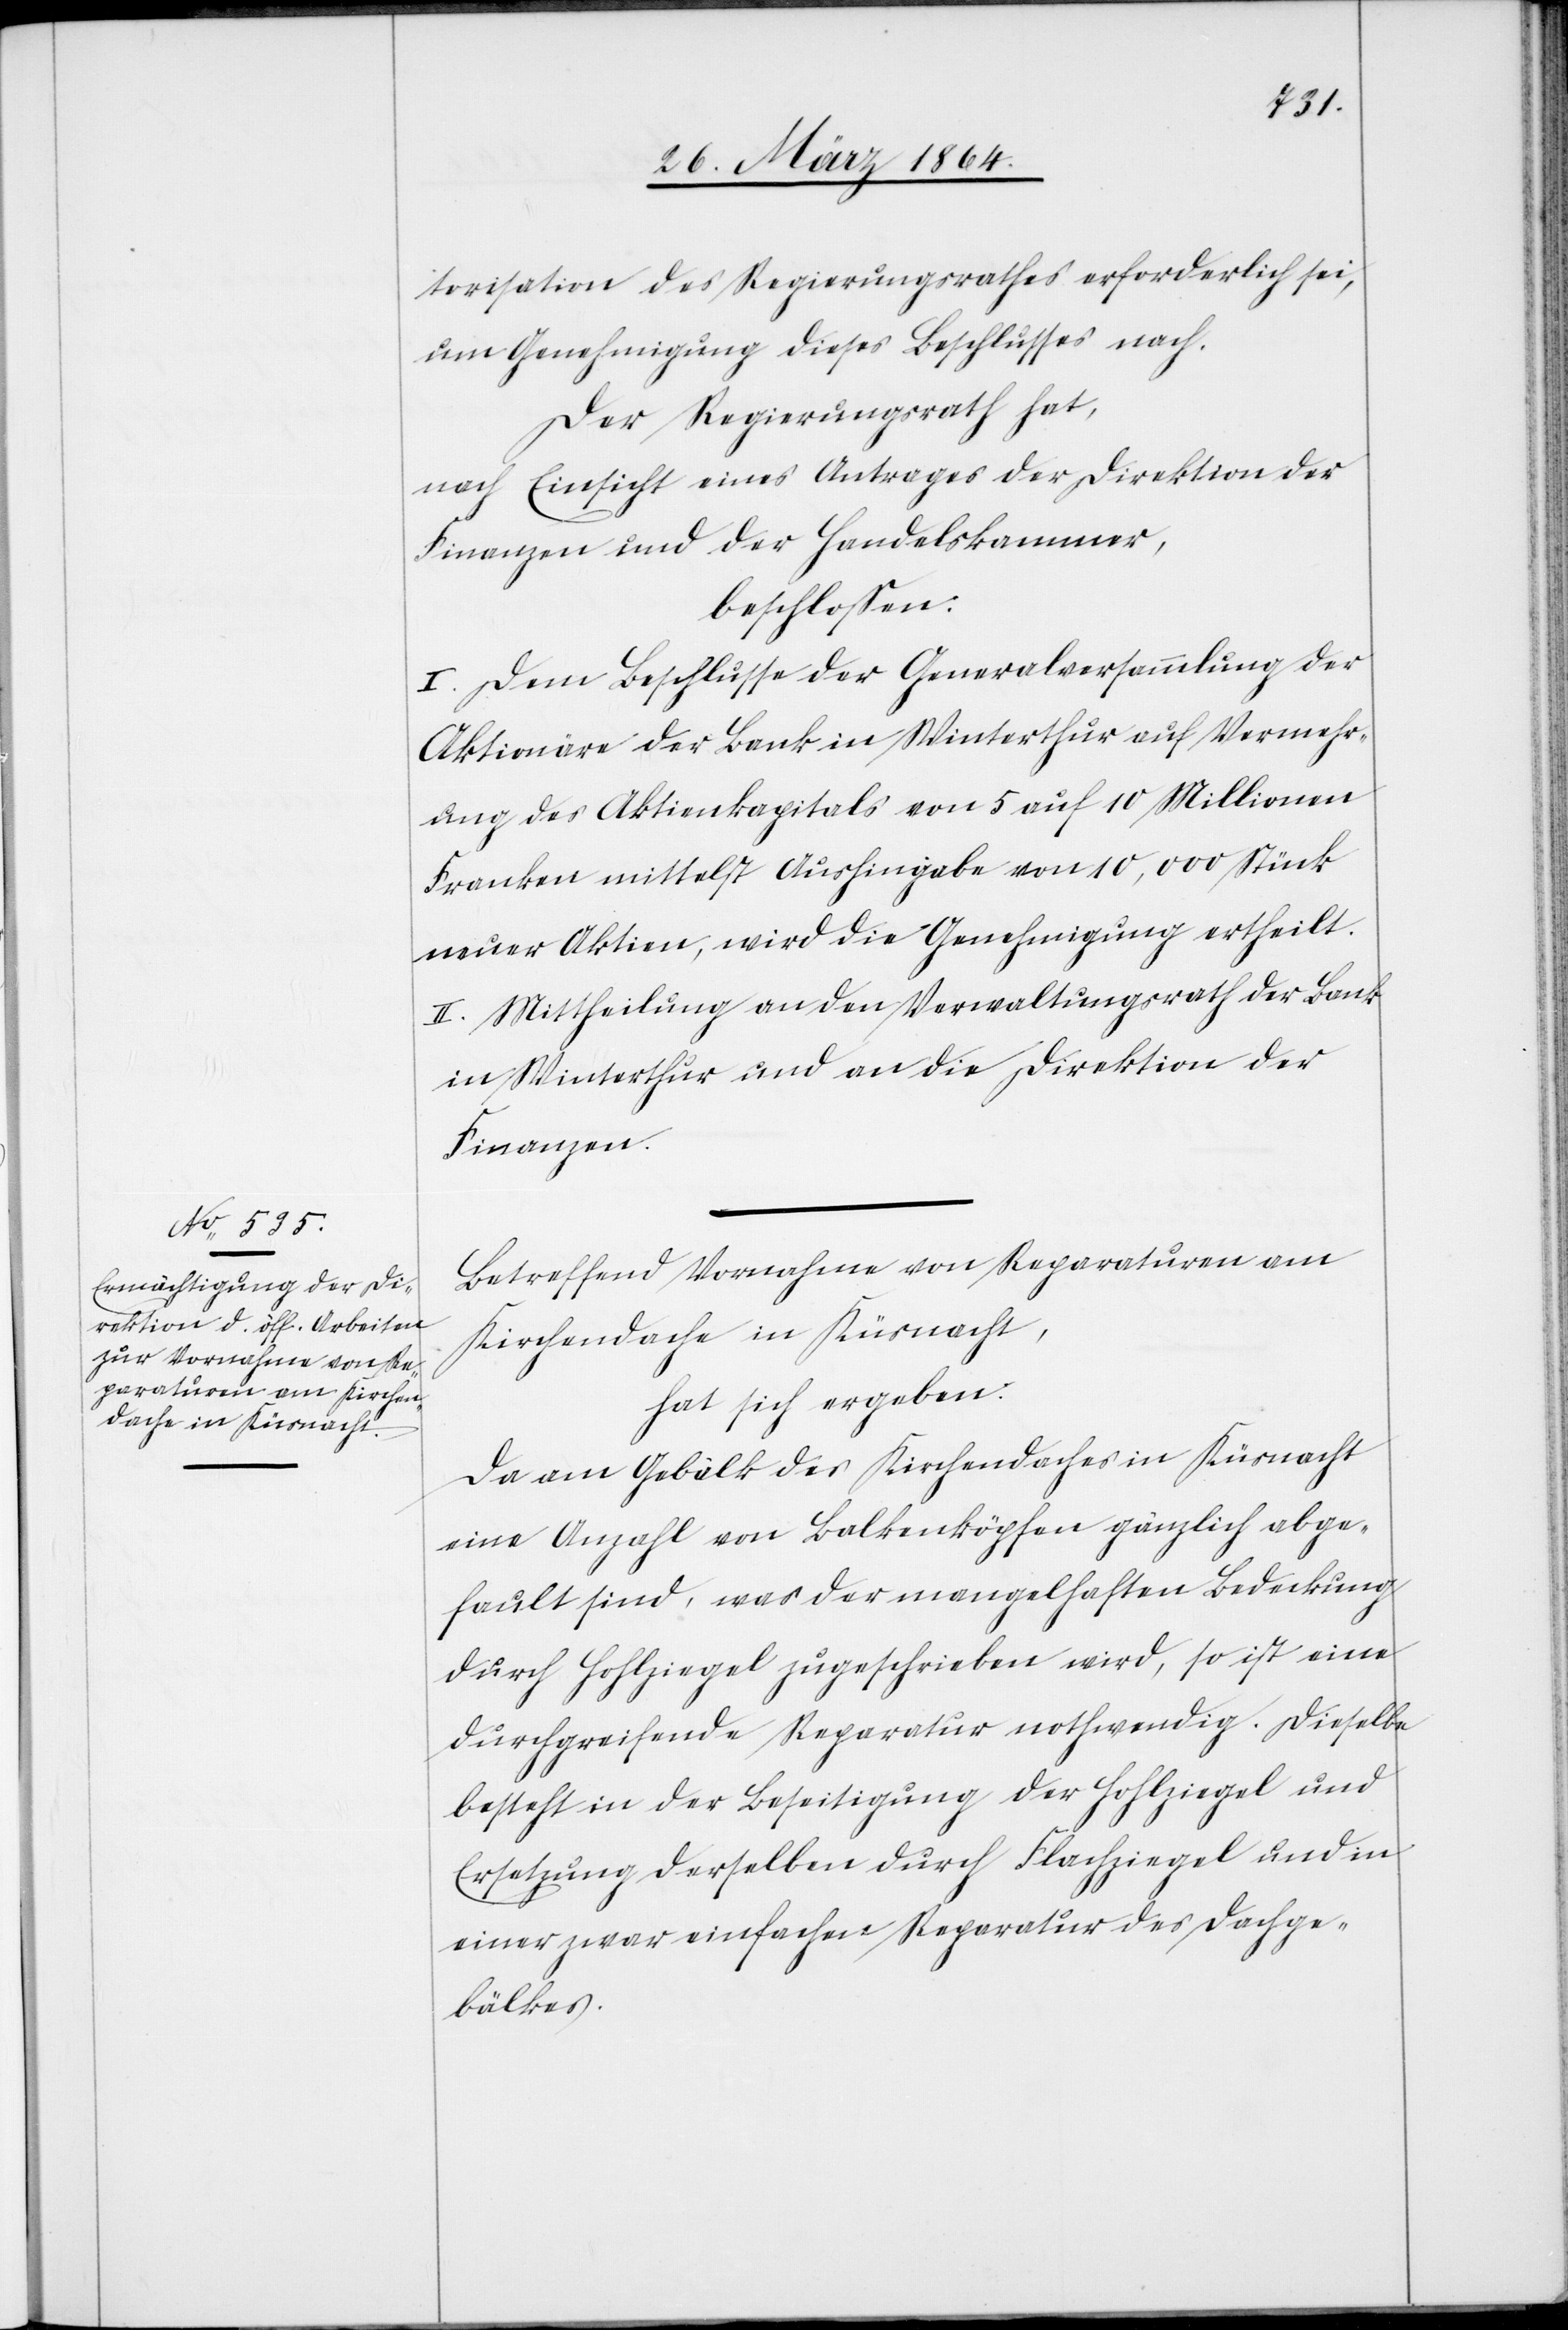
torisation des Regierungsrathes erforderlich sei,
um Genehmigung dieses Beschlusses nach.
Der Regierungsrath hat,
nach Einsicht eines Antrages der Direktion der
Finanzen und der Handelskammer,
beschlossen:
I. Dem Beschlusse der Generalversammlung der
Aktionäre der Bank in Winterthur auf Vermehr¬
ung des Aktienkapitals von 5 auf 10 Millionen
Franken mittelst Aushingabe von 10,000 Stück
neuer Aktien, wird die Genehmigung ertheilt.
II. Mittheilung an den Verwaltungsrath der Bank
in Winterthur und an die Direktion der
Finanzen.
Betreffend Vornahme von Reparaturen am
Kirchendache in Küsnacht,
hat sich ergeben:
Da am Gebälk des Kirchendaches in Küsnacht
eine Anzahl von Balkenköpfen gänzlich abge¬
fault sind, was der mangelhaften Bedeckung
durch Hohlziegel zugeschrieben wird, so ist eine
durchgreifende Reparatur nothwendig. Dieselbe
besteht in der Beseitigung der Hohlziegel und
Ersetzung derselben durch Flachziegel und in
einer zwar einfachen Reparatur des Dachge¬
bälkes.